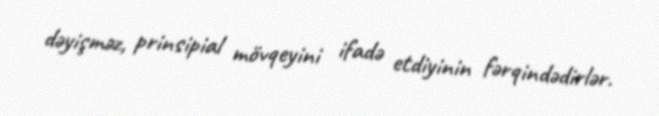
dəyişməz, prinsipial mövqeyini ifadə etdiyinin fərqindədirlər.